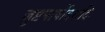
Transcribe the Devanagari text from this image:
जुष्टपार्षोदरादिः